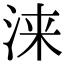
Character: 涞